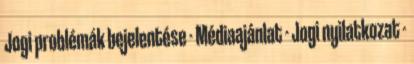
Jogi problémák bejelentése - Médiaajánlat - Jogi nyilatkozat -